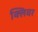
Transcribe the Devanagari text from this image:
क्लिवर